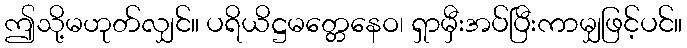
ဤသို့မဟုတ်လျှင်။ ပရိယိဋ္ဌမတ္တေနေဝ၊ ရှာမှီးအပ်ပြီးကာမျှဖြင့်ပင်။